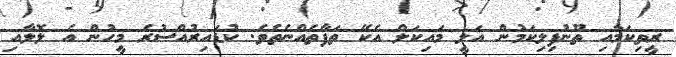
ރީތިކަމާއި ތޫނުފިލިކަމުން އަލީ މައިކަލް އެކޭ ތަފާތެއްނެތެވެ. ކުޑައިރުއްސުރެ މީހުން އެ ލޮލާއި